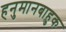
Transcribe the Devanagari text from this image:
हनुमानबाहुक